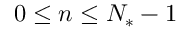
0 \leq n \leq N _ { * } - 1